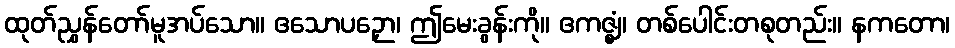
ထုတ်ညွှန်တော်မူအပ်သော။ ဧသောပဉှော၊ ဤမေးခွန်းကို။ ဧကဇ္ဈံ၊ တစ်ပေါင်းတစုတည်း။ နကတော၊